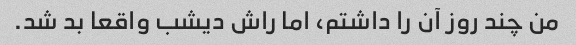
من چند روز آن را داشتم، اما راش دیشب واقعا بد شد.